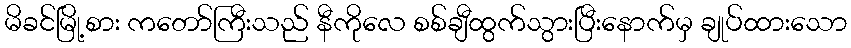
မိခင်မြို့စား ကတော်ကြီးသည် နီကိုလေ စစ်ချီထွက်သွားပြီးနောက်မှ ချုပ်ထားသော